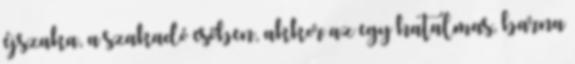
éjszaka, a szakadó esőben, akkor az egy hatalmas, barna